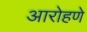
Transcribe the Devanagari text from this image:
आरोहणे